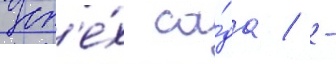
Усп'е́х са́да / -